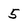
Character: 5